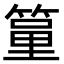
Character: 𥱐